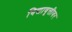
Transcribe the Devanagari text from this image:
विद्यावृत्तीवर